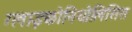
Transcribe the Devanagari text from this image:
ग्लाइकोनियोलिसिस